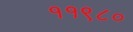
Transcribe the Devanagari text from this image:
११९८०